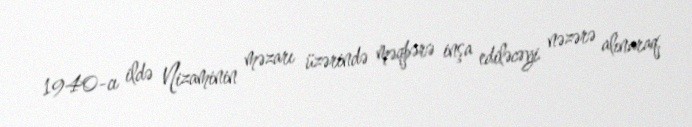
1940-cı ildə Nizaminin məzarı üzərində məqbərə inşa ediləcəyi nəzərə alınaraq,